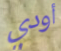
أودي